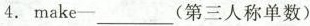
4. make-___(第三人称单数)